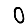
Digit: 0